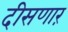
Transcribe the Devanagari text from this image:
दीसणारं